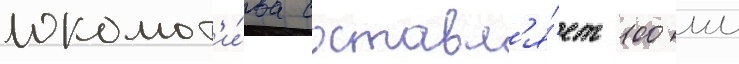
локомот'и́ва составл'я́ет 100 мм